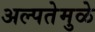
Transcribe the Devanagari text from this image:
अल्पतेमुळे